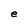
Character: e